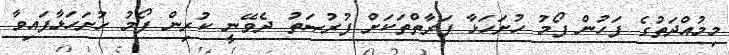
މިމުއްދަތުގެ ފަހުން ފޯމު ހުށަހަޅާ ފަރާތްތަކަށް ފުރުޞަތު ދެވޭނީ ކުރިން ފޯމު ހުށަހަޅާފައިވާ